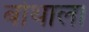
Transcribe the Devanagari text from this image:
बोथाला